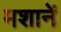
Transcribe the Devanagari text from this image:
मशानें